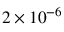
2 \times 1 0 ^ { - 6 }